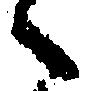
々